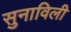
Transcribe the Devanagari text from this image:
सुनाविली